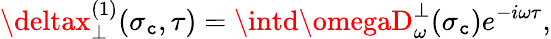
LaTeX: \deltax_{\perp}^{(1)}(\sigma_{\mathtt{c}},\tau)=\intd\omegaD_{\omega}^{\perp}(\sigma_{\mathtt{c}})e^{-i\omega\tau},